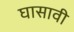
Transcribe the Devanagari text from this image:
घासावी